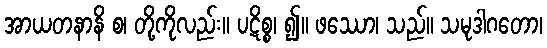
အာယတနာနိ စ၊ တို့ကိုလည်း။ ပဋိစ္စ၊ ၍။ ဖဿော၊ သည်။ သမုဒါဂတော၊